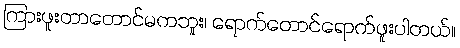
ကြားဖူးတာတောင်မကဘူး၊ ရောက်တောင်ရောက်ဖူးပါတယ်။